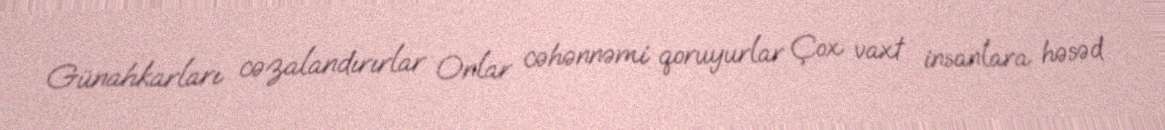
Günahkarları cəzalandırırlar Onlar cəhənnəmi qoruyurlar Çox vaxt insanlara həsəd